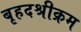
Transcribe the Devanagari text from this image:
बृहदश्रीक्रम